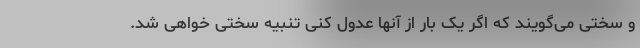
و سختی می‌گویند که اگر یک بار از آنها عدول کنی تنبیه سختی خواهی شد.